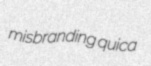
misbranding quica